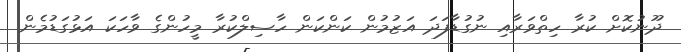
ދޫނުކޮށް ކުރާ ހިތްވަރާއި ނުގުޑާފަދަ އަޒުމުން ކަންކަން ހާސިލްކުރާ މީހުންގެ ވާހަކަ އަޅުގަޑުމެން